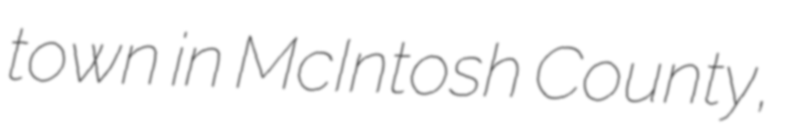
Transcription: town in McIntosh County,